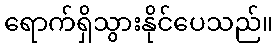
ရောက်ရှိသွားနိုင်ပေသည်။